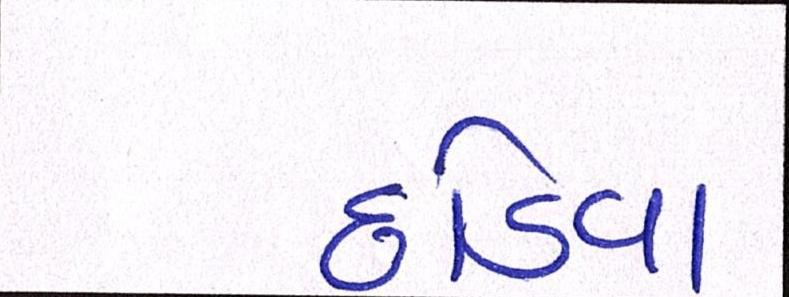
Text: છોડવા